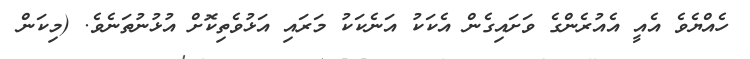
ހެއްޔެވެ އެއީ އެއުރެންގެ ވަށައިގެން އެކަކު އަނެކަކު މަރައި އަޅުވެތިކޮށް އުޅުނުތަނެވެ. (މިކަން